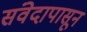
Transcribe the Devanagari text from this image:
संवेदापासून